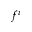
f ^ { i }